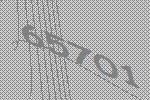
65701